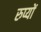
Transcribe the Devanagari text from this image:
रुप्यों